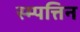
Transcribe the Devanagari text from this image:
स्म्पत्तिन